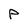
Character: P